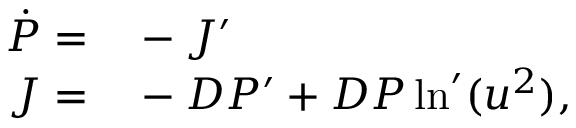
\begin{array} { r l } { \dot { P } = } & { { } - J ^ { \prime } } \\ { J = } & { { } - D P ^ { \prime } + D P \ln ^ { \prime } ( u ^ { 2 } ) , } \end{array}